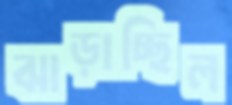
ঝাড়াচ্ছিল